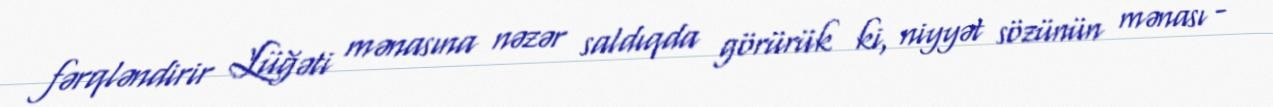
fərqləndirir Lüğəti mənasına nəzər saldıqda görürük ki, niyyət sözünün mənası -